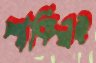
শাকিলই